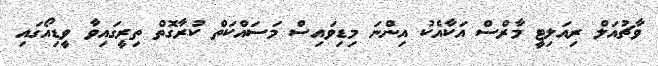
ވާޗުއަލް ރިއަލިޓީ މާރްސް އަކާއެކު އިންނަ މިޑިވައިސް މަސައްކަތް ކުރާގޮތް ތިރީގައިވާ ވީޑިއޯގައި